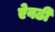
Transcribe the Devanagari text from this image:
ऐवढी